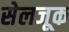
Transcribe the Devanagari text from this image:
सेलजूक